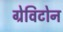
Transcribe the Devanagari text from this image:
ग्रेविटोन